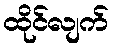
ထိုင်လျက်